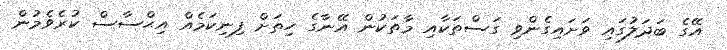
އޭގެ ބަދަލުގައި ވަށައިގެންވި ގަސްތަކާއި މާތަކުން އޭނާގެ ހިތަށް ފިނިކަމެއް އިޙްސާސް ކުރެވެމުން